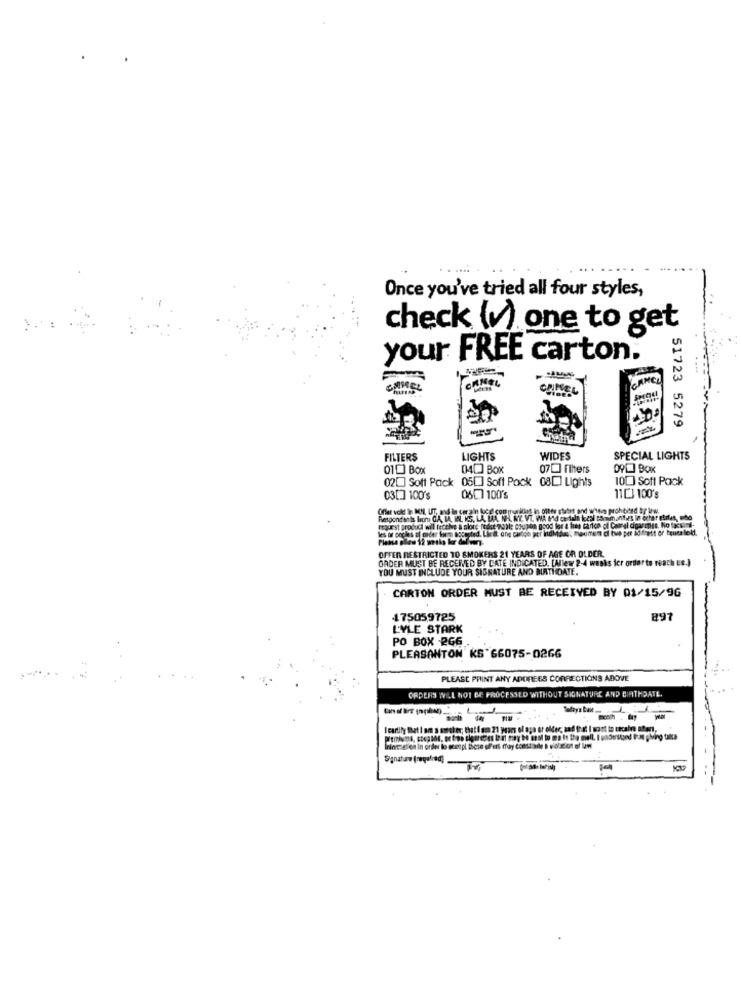
Once you've tried all four styles,
check (1) one to get
your FREE carton.
51723 5279
FILTERS
LIGHTS
WIDES
SPECIAL LIGHTS
010 Box
04[] BOX
07[ Flhers
(20 Soft Pack 05[] Soft Pack 08[] Lights
100 Soft Pack
03[.] 100's
11[] 100's
hbhed By Ww.
Respondents Irons CA, BA, IN. IS, LA, LAA, NHL. N'Y. VI. WA &od certala kcal Boom.antes in ochar el
request produci will receive a slors podat noble coupon good for a time carton of Chanel cigaress.
OFFER RESTRICTED TO SMOKERS 21 YEARS OF AGE OR OLDER.
GADER MUST BE RECEIVED BY CATE INDICATED. [Allewr 2-4 weeks icr order to reach us.]
YOU MUST INCLUDE YOUR SIGNATURE AND BIRTHDATE.
CARTON ORDER MUST BE RECEIVED BY 01/15/96
175059725
897
L'YLE STARK
PO BOX -2G6
PLEASANTON KS 66075-0266
PLEASE PRINT ANY ADDRESS CORRECTIONS ABOVE
ORDERS WILL NOT BE PROCESSED WITHOUT SIGNATURE AND BIRTHDATE.
I cartily That I am a soroker; that i am 21 years of age or older, and that I want to cecale ofert,
Sanat zo (required)-